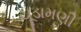
ચૂડામણી